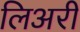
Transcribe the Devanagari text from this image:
लिअरी